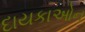
દાયકાઓન